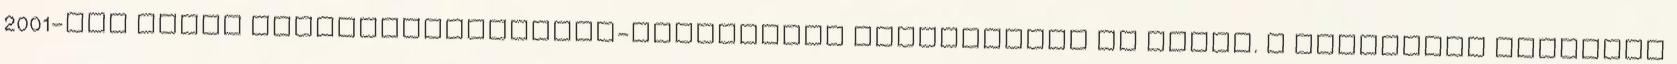
2001-től pedig kapitányságvezető-helyettesi feladatokat is ellát. A rendőrség feladata